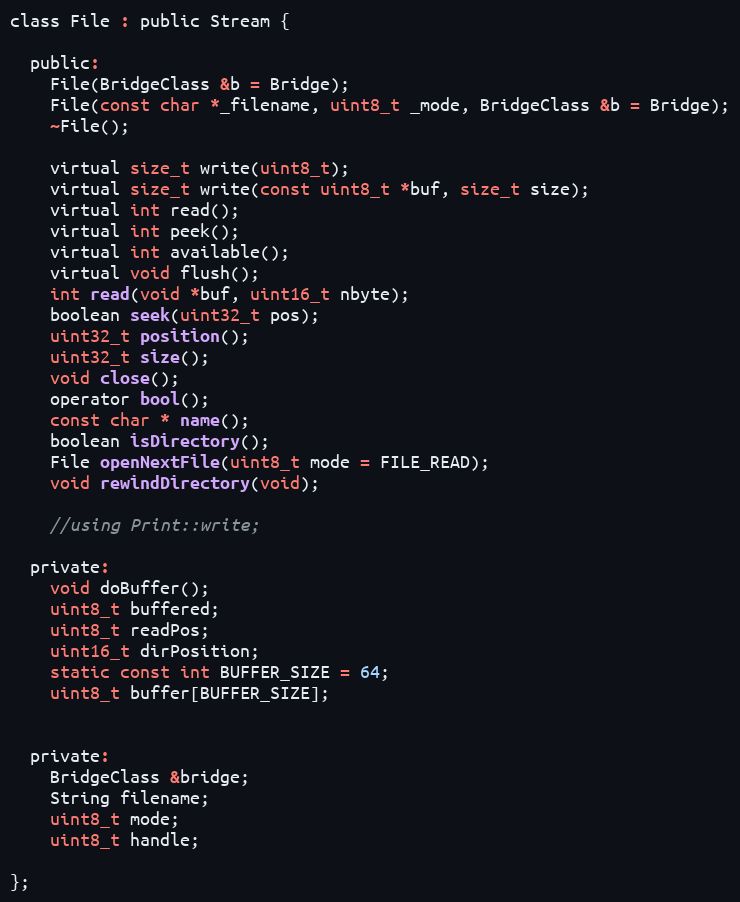
Language: C
class File : public Stream {

  public:
    File(BridgeClass &b = Bridge);
    File(const char *_filename, uint8_t _mode, BridgeClass &b = Bridge);
    ~File();

    virtual size_t write(uint8_t);
    virtual size_t write(const uint8_t *buf, size_t size);
    virtual int read();
    virtual int peek();
    virtual int available();
    virtual void flush();
    int read(void *buf, uint16_t nbyte);
    boolean seek(uint32_t pos);
    uint32_t position();
    uint32_t size();
    void close();
    operator bool();
    const char * name();
    boolean isDirectory();
    File openNextFile(uint8_t mode = FILE_READ);
    void rewindDirectory(void);

    //using Print::write;

  private:
    void doBuffer();
    uint8_t buffered;
    uint8_t readPos;
    uint16_t dirPosition;
    static const int BUFFER_SIZE = 64;
    uint8_t buffer[BUFFER_SIZE];

  private:
    BridgeClass &bridge;
    String filename;
    uint8_t mode;
    uint8_t handle;

};